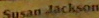
Susan Jackson